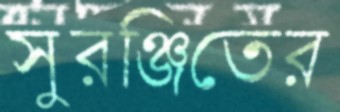
সুরঞ্জিতের